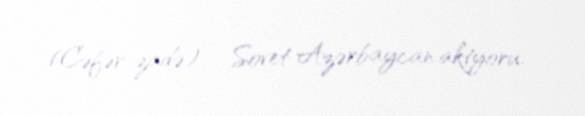
(Cəfər-zadə) - Sovet Azərbaycan aktyoru.